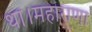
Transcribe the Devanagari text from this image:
था।महाराणा